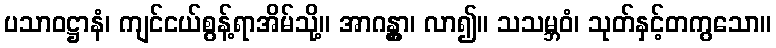
ပသာဝဋ္ဌာနံ၊ ကျင်ငယ်စွန့်ရာအိမ်သို့။ အာဂန္တွာ၊ လာ၍။ သသမ္ဘဝံ၊ သုတ်နှင့်တကွသော။